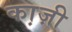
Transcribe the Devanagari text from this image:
का़ज़ी